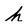
Character: h